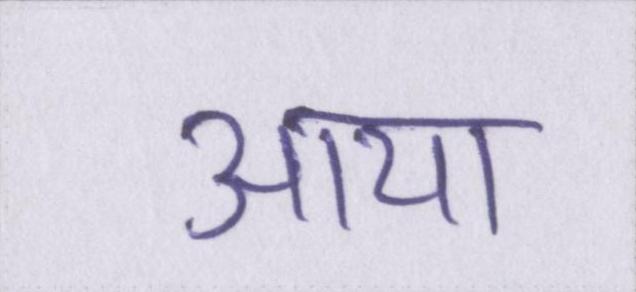
आया